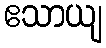
ဧသာယျ